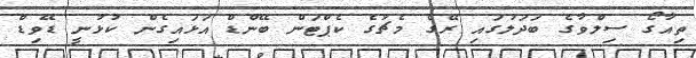
ތިއާގޯ ސިލްވާގެ ބަދަލުގައި ރޭގެ މެޗުގެ ކެޕްޓަން ބޭންޑް އަޅައިގެން ކުޅުނީ ޑޭވިޑް